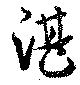
湛